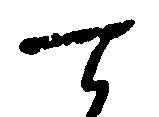
て